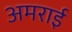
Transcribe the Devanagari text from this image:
अमराई